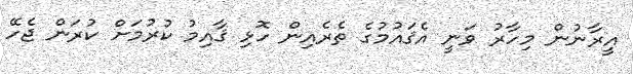
އީރާނުން މިހާރު ވަނީ އެޤައުމުގެ ތެރެއިން ހޮޅި ޤާއިމު ކުރުމަށް ކުރަން ޖެހޭ